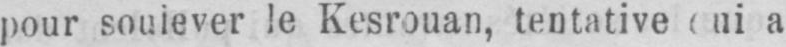
a